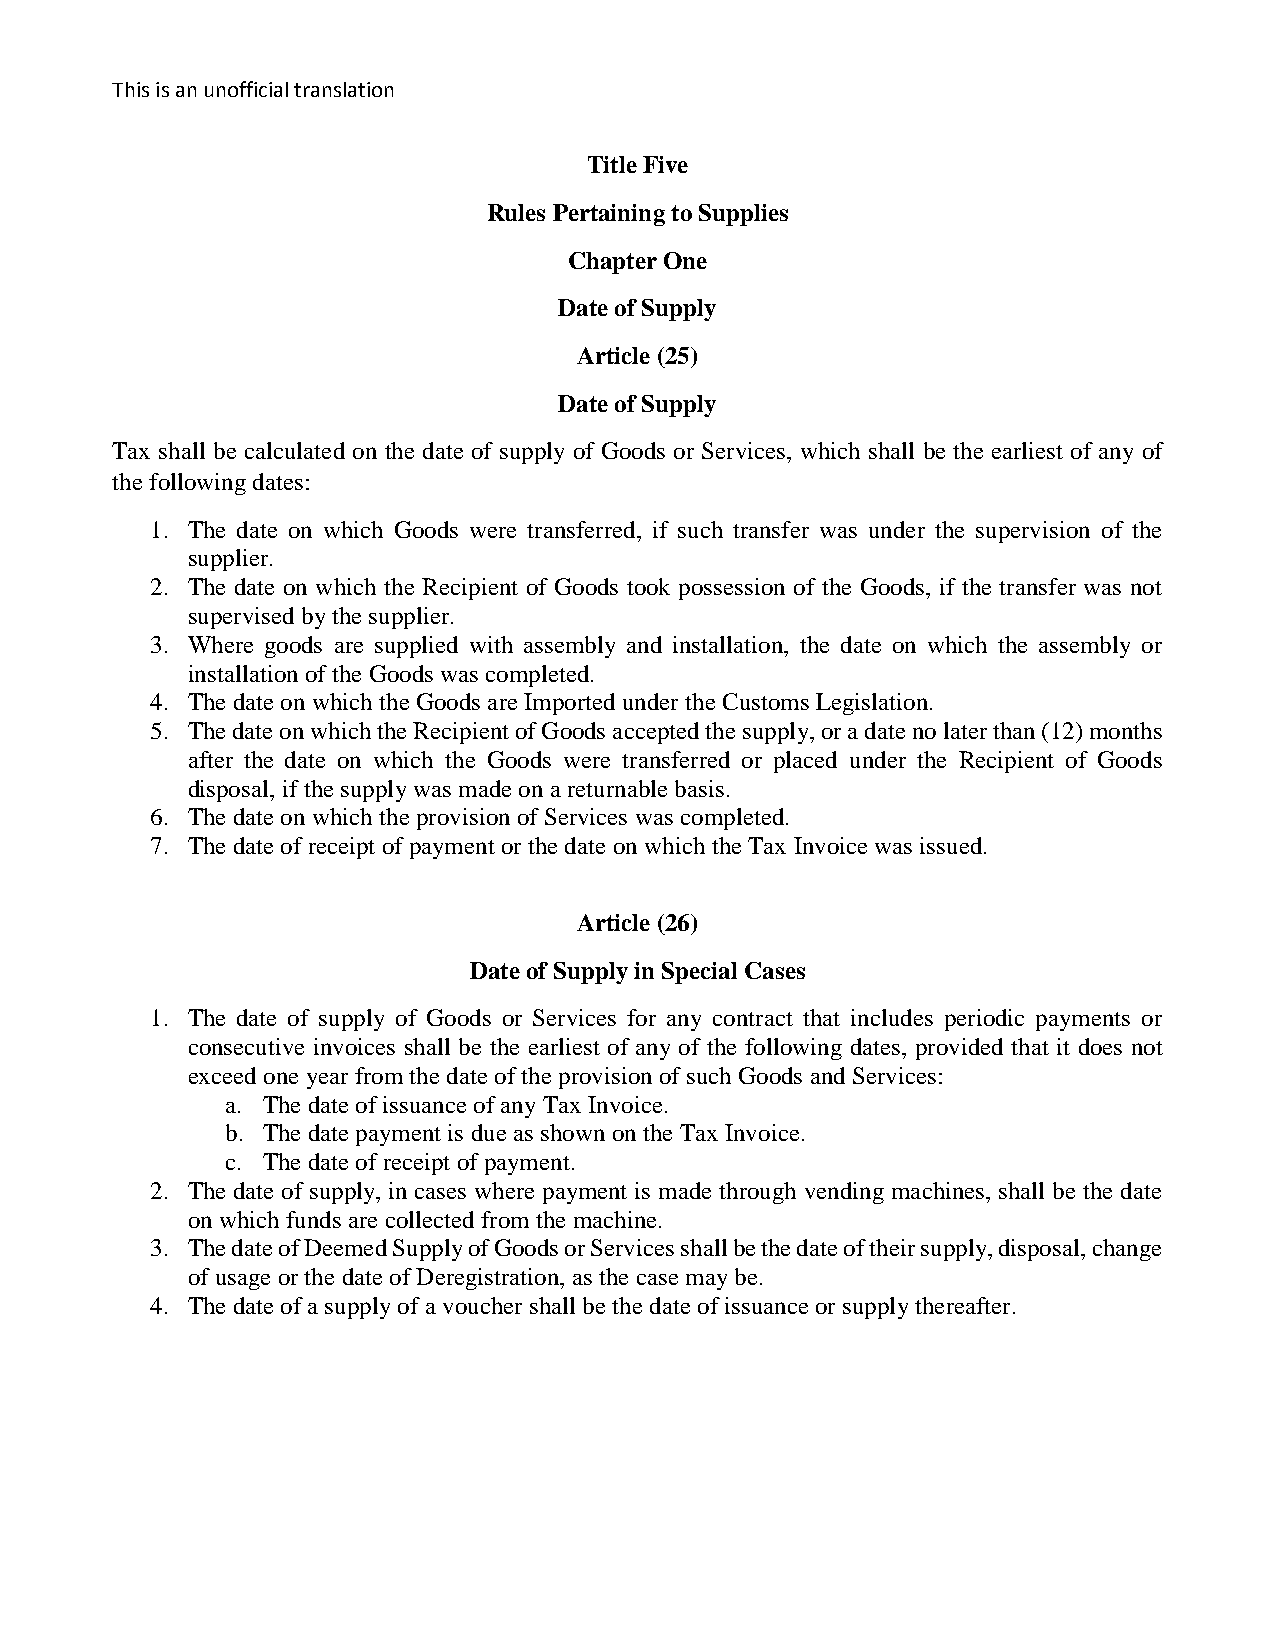
This is an unofficial translation
 Title Five
 Rules Pertaining to Supplies
 Chapter One
 Date of Supply
 Article (25)
 Date of Supply
 Tax shall be calculated on the date of supply of Goods or Services, which shall be the earliest of any of
 the following dates:
 1. The date on which Goods were transferred, if such transfer was under the supervision of the
 supplier.
 2. The date on which the Recipient of Goods took possession of the Goods, if the transfer was not
 supervised by the supplier.
 3. Where goods are supplied with assembly and installation, the date on which the assembly or
 installation of the Goods was completed.
 4. The date on which the Goods are Imported under the Customs Legislation.
 5. The date on which the Recipient of Goods accepted the supply, or a date no later than (12) months
 after the date on which the Goods were transferred or placed under the Recipient of Goods
 disposal, if the supply was made on a returnable basis.
 6. The date on which the provision of Services was completed.
 7. The date of receipt of payment or the date on which the Tax Invoice was issued.
 Article (26)
 Date of Supply in Special Cases
 1. The date of supply of Goods or Services for any contract that includes periodic payments or
 consecutive invoices shall be the earliest of any of the following dates, provided that it does not
 exceed one year from the date of the provision of such Goods and Services:
 a. The date of issuance of any Tax Invoice.
 b. The date payment is due as shown on the Tax Invoice.
 c. The date of receipt of payment.
 2. The date of supply, in cases where payment is made through vending machines, shall be the date
 on which funds are collected from the machine.
 3. The date of Deemed Supply of Goods or Services shall be the date of their supply, disposal, change
 of usage or the date of Deregistration, as the case may be.
 4. The date of a supply of a voucher shall be the date of issuance or supply thereafter.